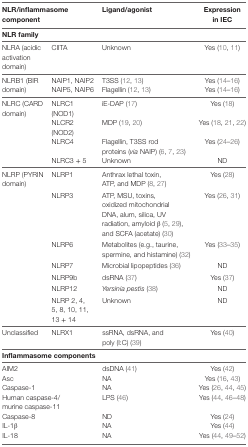
<table><thead><tr><td colspan="2"><b>NLR/inflammasome component</b></td><td><b>Ligand/agonist</b></td><td><b>Expression in IEC</b></td></tr></thead><tbody><tr><td colspan="4"><b>NLR family</b></td></tr><tr><td>NLRA (acidic activation domain)</td><td>CIITA</td><td>Unknown</td><td>Yes (10, 11)</td></tr><tr><td rowspan="2">NLRB1 (BIR domain)</td><td>NAIP1, NAIP2</td><td>T3SS (12, 13)</td><td>Yes (14–16)</td></tr><tr><td>NAIP5, NAIP6</td><td>Flagellin (12, 13)</td><td>Yes (14–16)</td></tr><tr><td rowspan="4">NLRC (CARD domain)</td><td>NLRC1 (NOD1)</td><td>iE-DAP (17)</td><td>Yes (18)</td></tr><tr><td>NLCR2 (NOD2)</td><td>MDP (19, 20)</td><td>Yes (18, 21, 22)</td></tr><tr><td>NLRC4</td><td>Flagellin, T3SS rod proteins (<i>via</i> NAIP) (6, 7, 23)</td><td>Yes (24–26)</td></tr><tr><td>NLRC3 + 5</td><td>Unknown</td><td>ND</td></tr><tr><td rowspan="7">NLRP (PYRIN domain)</td><td>NLRP1</td><td>Anthrax lethal toxin, ATP, and MDP (8, 27)</td><td>Yes (28)</td></tr><tr><td>NLRP3</td><td>ATP, MSU, toxins, oxidized mitochondrial DNA, alum, silica, UV radiation, amyloid β (5, 29), and SCFA (acetate) (30)</td><td>Yes (26, 31)</td></tr><tr><td>NLRP6</td><td>Metabolites (e.g., taurine, spermine, and histamine) (32)</td><td>Yes (33–35)</td></tr><tr><td>NLRP7</td><td>Microbial lipopeptides (36)</td><td>ND</td></tr><tr><td>NLRP9b</td><td>dsRNA (37)</td><td>Yes (37)</td></tr><tr><td>NLRP12</td><td><i>Yersinia pestis</i> (38)</td><td>ND</td></tr><tr><td>NLRP 2, 4, 5, 8, 10, 11, 13 + 14</td><td>Unknown</td><td>ND</td></tr><tr><td>Unclassified</td><td>NLRX1</td><td>ssRNA, dsRNA, and poly (I:C) (39)</td><td>Yes (40)</td></tr><tr><td colspan="4"><b>Inflammasome components</b></td></tr><tr><td colspan="2">AIM2</td><td>dsDNA (41)</td><td>Yes (42)</td></tr><tr><td colspan="2">Asc</td><td>NA</td><td>Yes (16, 43)</td></tr><tr><td colspan="2">Caspase-1</td><td>NA</td><td>Yes (26, 44, 45)</td></tr><tr><td colspan="2">Human caspase-4/murine caspase-11</td><td>LPS (46)</td><td>Yes (44, 46–48)</td></tr><tr><td colspan="2">Caspase-8</td><td>ND</td><td>Yes (24)</td></tr><tr><td colspan="2">IL-1β</td><td>NA</td><td>Yes (44)</td></tr><tr><td colspan="2">IL-18</td><td>NA</td><td>Yes (44, 49–52)</td></tr></tbody></table>